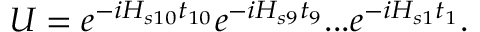
U = e ^ { - i H _ { s 1 0 } t _ { 1 0 } } e ^ { - i H _ { s 9 } t _ { 9 } } . . . e ^ { - i H _ { s 1 } t _ { 1 } } .